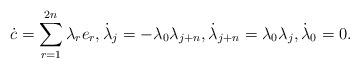
LaTeX: \begin{align*}\dot{c}=\sum_{r=1}^{2n}\lambda_re_r,\dot{\lambda}_j=-\lambda_0\lambda_{j+n},\dot{\lambda}_{j+n}=\lambda_0\lambda_{j},\dot{\lambda}_0=0.\end{align*}